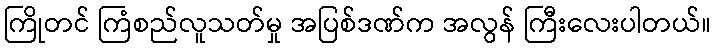
ကြိုတင် ကြံစည်လူသတ်မှု အပြစ်ဒဏ်က အလွန် ကြီးလေးပါတယ်။